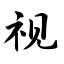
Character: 视